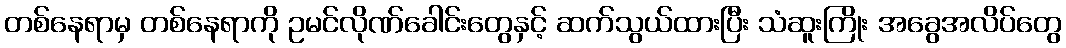
တစ်နေရာမှ တစ်နေရာကို ဥမင်လိုဏ်ခေါင်းတွေနှင့် ဆက်သွယ်ထားပြီး သံဆူးကြိုး အခွေအလိပ်တွေ